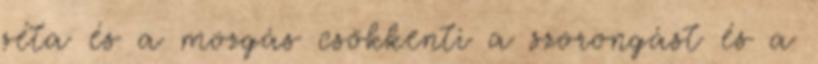
séta és a mozgás csökkenti a szorongást és a